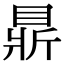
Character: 𥇴